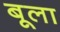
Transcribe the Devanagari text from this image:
बूला